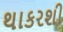
થાકરશી